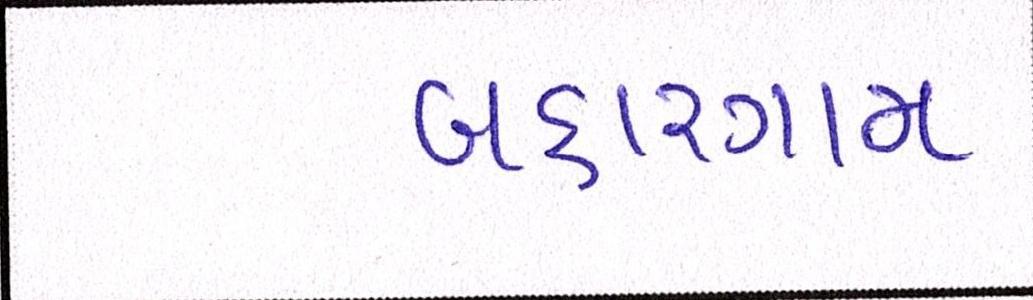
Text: બહારગામ